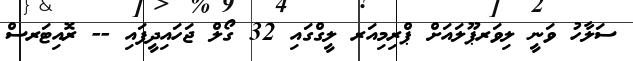
ސަލާހު ވަނީ ލިވަރޕޫލައަށް ޕްރިމިއަރ ލީގްގައި 32 ގޯލް ޖަހައިދީފައި -- ރޮއިޓަރސް